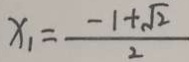
x _ { 1 } = \frac { - 1 + \sqrt { 2 } } { 2 }